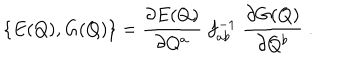
\{ E ( Q ) , G ( Q ) \} = { \frac { { \partial E ( Q ) } } { { \partial Q ^ { a } } } } \; f _ { a b } ^ { - 1 } \; { \frac { { \partial G ( Q ) } } { { \partial Q ^ { b } } } \; . }